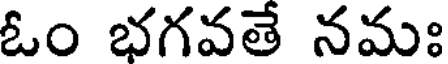
ఓం భగవతే నమః